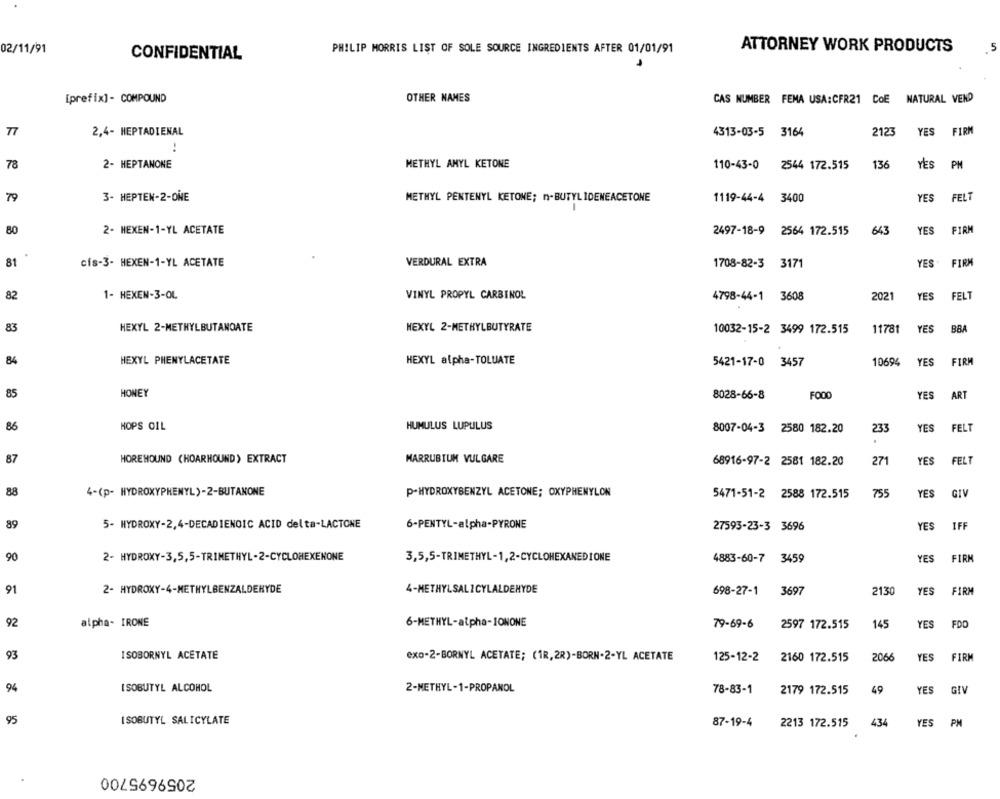
02/11/91
PHILIP MORRIS LIST OF SOLE SOURCE INGREDIENTS AFTER 01/01/91
ATTORNEY WORK PRODUCTS
CONFIDENTIAL
[prefix] - COMPOUND
OTHER NAMES
CAS NUMBER FEMA USA:CFR21 CoE
NATURAL VEND
77
2,4- HEPTADIENAL
4313-03-5 3164
2123
YES
FIRM
78
2- HEPTANONE
METHYL ANYL KETONE
110-43-0 2544 172.515
136
YES
PM
79
3- HEPTEN-2-ONE
METHYL PENTENYL KETONE; n-BUTYL IDENEACETONE
1119-44-4
3400
YES
FELT
80
2- HEXEN-1-YL ACETATE
2497-18-9
2564 172.515
643
YES
81
cis-3- HEXEN-1-YL ACETATE
VERDURAL EXTRA
1708-82-3 3171
YES
FIRM
82
1- HEXEN-3-OL
VINYL PROPYL CARBINOL
4798-44-1 3608
2021
YES
FELT
83
HEXYL 2-METHYLBUTANOATE
HEXYL 2-METHYLBUTYRATE
11781
YES
BBA
10032-15-2 3499 172.515
84
HEXYL PHENYLACETATE
HEXYL alpha-TOLUATE
YES
FIRM
5421-17-0 3457
10694
85
HONEY
8028-66-8
FOOD
YES
ART
86
HOPS OIL
HUMULUS LUPULUS
8007-04-3 2580 182.20
233
YES
FELT
87
HOREHOUND (HOARHOUND) EXTRACT
MARRUBIUM VULGARE
68916-97-2 2581 182.20
271
YES
FELT
88
4-(p- HYDROXYPHENYL)-2-BUTANONE
P-HYDROXYBENZYL ACETONE; OXYPHENYLON
5471-51-2 2588 172.515
755
YES
GIV
89
5- HYDROXY-2,4-DECADIENOIC ACID delta-LACTONE
6-PENTYL-alpha-PYRONE
27593-23-3 3696
YES
IFF
90
2- HYDROXY-3,5,5-TRIMETHYL-2-CYCLOHEXENONE
3,5,5-TRIMETHYL-1,2-CYCLOHEXANEDIONE
4883-60-7 3459
YES
FIRM
91
2- HYDROXY-4-METHYLBENZALDEHYDE
4-METHYLSALICYLALDEHYDE
698-27-1 3697
2130
YES
FIRM
92
alpha- IRONE
6-METHYL-alpha-IONONE
79-69-6
145
YES
FDO
2597 172.515
93
I SOBORNYL ACETATE
YES
FIRM
exo-2-BORNYL ACETATE; (1R, 2R)-BORN-2-YL ACETATE
125-12-2
2160 172.515
2066
94
ISOBUTYL ALCOHOL
2-METHYL-1-PROPANOL
78-83-1
2179 172.515
49
YES
GIV
95
ISOBUTYL SALICYLATE
87-19-4
2213 172.515
434
YES
PM
2059695700